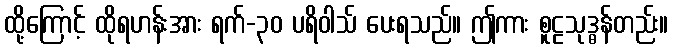
ထို့ကြောင့် ထိုရဟန်းအား ရက်-၃၀ ပရိဝါသ် ပေးရသည်။ ဤကား စူဠသုဒ္ဓန်တည်း။